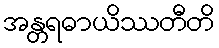
အန္တရဓာယိဿတီတိ